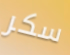
سكر